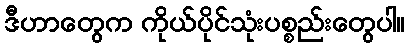
ဒီဟာတွေက ကိုယ်ပိုင်သုံးပစ္စည်းတွေပါ။